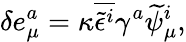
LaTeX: \delta e_{\mu}^{a}=\kappa\overline{{{\widetilde{\epsilon}^{i}}}}\gamma^{a}\widetilde\psi_{\mu}^{i},